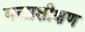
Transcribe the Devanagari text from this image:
वनप्रशीक्षण